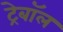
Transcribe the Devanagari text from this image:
ट्रेबॉल